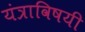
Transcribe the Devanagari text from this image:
यंत्राविषयी